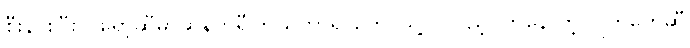
စီးနင်းပြီး ပရော့ဆီမာဆန်တိုရီကြယ်တာရာတွေ၊ သူ့ကိုလှည့်ပတ်နေ တဲ့ ဂြိုဟ်တွေဆီ